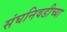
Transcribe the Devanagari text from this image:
संघनिवडीच्या